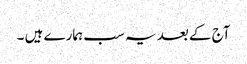
آج کے بعد یہ سب ہمارے ہیں ۔